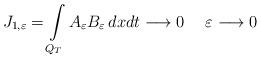
LaTeX: \begin{align*} J_{1,\varepsilon}=\int\limits_{Q_T}A_\varepsilon B_\varepsilon\, dxdt\longrightarrow 0\quad\;\varepsilon\longrightarrow 0\end{align*}